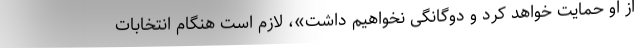
از او حمایت خواهد کرد و دوگانگی نخواهیم داشت»، لازم است هنگام انتخابات